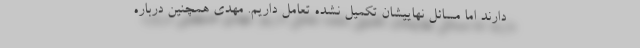
دارند اما مسائل نهاییشان تکمیل نشده تعامل داریم. مهدی همچنین درباره